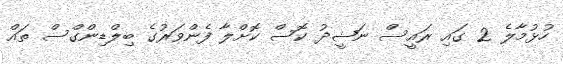
ހުޅުމާލެ 2 ގައި ރައީސް ނަޝީދު ކޮސް ކޮށްލާ ފެންވަރުގެ ބިލްޑިންގްސް ތައް